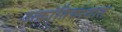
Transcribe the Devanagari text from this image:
उत्क्रांतिवादात